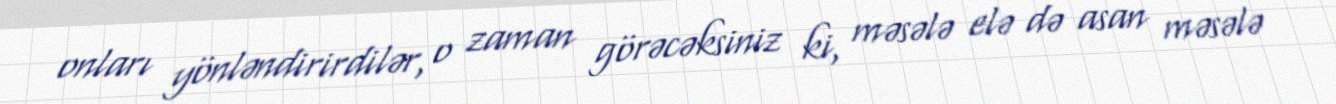
onları yönləndirirdilər, o zaman görəcəksiniz ki, məsələ elə də asan məsələ